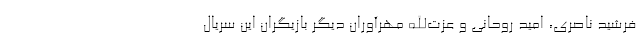
فرشید ناصری، امید روحانی و عزت‌الله مهرآوران دیگر بازیگران این سریال